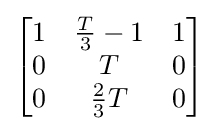
{\begin{bmatrix}1&{\frac {T}{3}}-1&1\\0&T&0\\0&{\frac {2}{3}}T&0\end{bmatrix}}